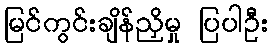
မြင်ကွင်းချိန်ညှိမှု ပြပါဦး